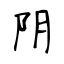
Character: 阴